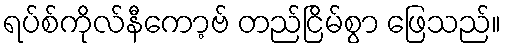
ရပ်စ်ကိုလ်နီကော့ဗ် တည်ငြိမ်စွာ ဖြေသည်။